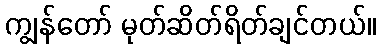
ကျွန်တော် မုတ်ဆိတ်ရိတ်ချင်တယ်။